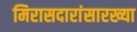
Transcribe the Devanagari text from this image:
मिरासदारांसारख्या